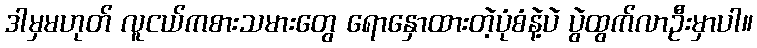
ဒါမှမဟုတ် လူငယ်ကစားသမားတွေ ရောနှောထားတဲ့ပုံစံနဲ့ပဲ ပွဲထွက်လာဦးမှာပါ။